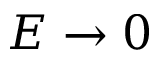
E \rightarrow 0